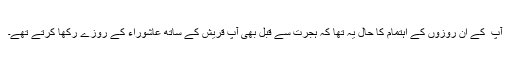
آپ ؐ کے ان روزوں کے اہتمام کا حال یہ تھا کہ ہجرت سے قبل بھی آپ قریش کے ساتھ عاشوراء کے روزے رکھا کرتے تھے۔